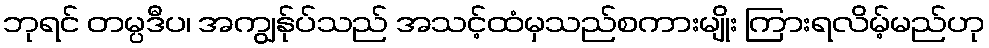
ဘုရင် တမ္ပဒီပ၊ အကျွန်ုပ်သည် အသင့်ထံမှသည်စကားမျိုး ကြားရလိမ့်မည်ဟု